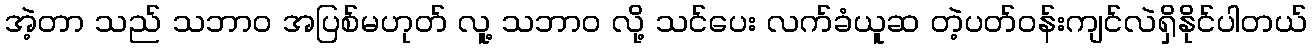
အဲ့တာ သည် သဘာဝ အပြစ်မဟုတ် လူ့ သဘာဝ လို့ သင်ပေး လက်ခံယူဆ တဲ့ပတ်ဝန်းကျင်လဲရှိနိုင်ပါတယ်